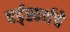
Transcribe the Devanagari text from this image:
वर्ड्‌स्वर्थचे